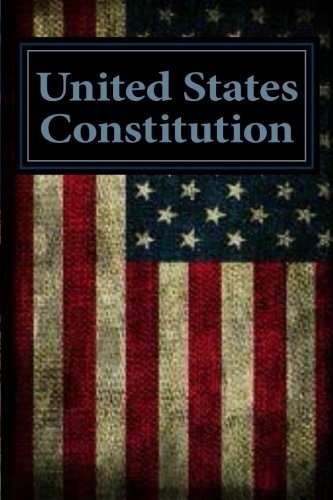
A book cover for United States Constitution: with Amendments (XXVII); United States of America; Law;